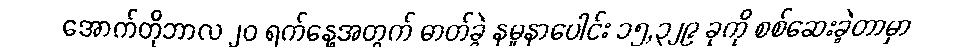
အောက်တိုဘာလ ၂၀ ရက်နေ့အတွက် ဓာတ်ခွဲ နမူနာပေါင်း ၁၅,၃၂၉ ခုကို စစ်ဆေးခဲ့တာမှာ